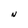
Character: N